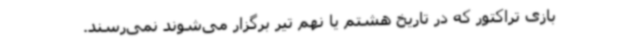
بازی تراکتور که در تاریخ هشتم یا نهم تیر برگزار می‌شوند نمی‌رسند.